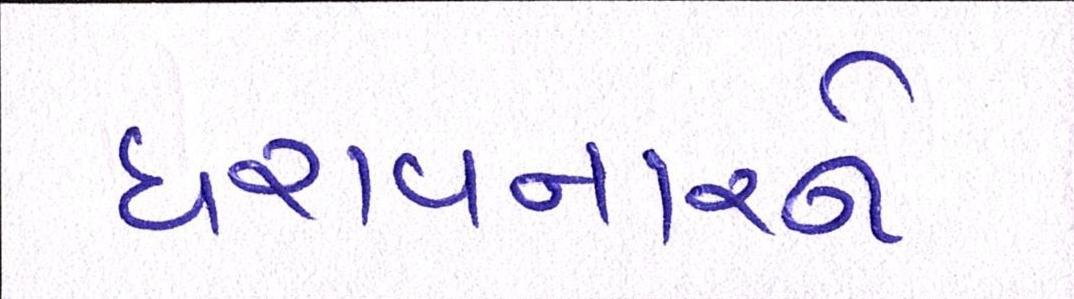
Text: ધરાવનારને